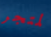
لمتجر